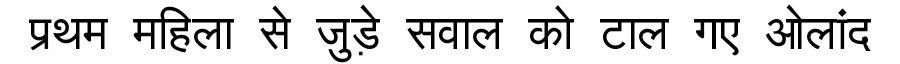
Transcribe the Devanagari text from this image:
प्रथम महिला से जुड़े सवाल को टाल गए ओलांद